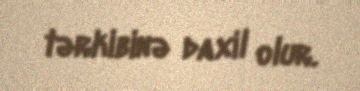
tərkibinə daxil olur.